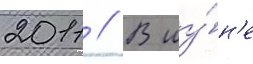
2011 // В иу́н'е